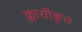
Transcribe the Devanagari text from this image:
क्लासीकृत